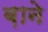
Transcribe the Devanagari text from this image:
ब़ाने